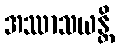
အဿာသယန္တိ